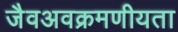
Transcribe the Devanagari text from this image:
जैवअवक्रमणीयता